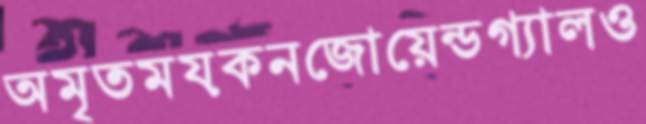
অমৃতময়কনজোয়েন্ডগ্যালও